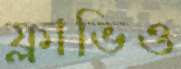
ফ্লাভিও